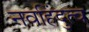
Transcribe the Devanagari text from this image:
नवहिंदुत्व